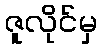
ဇူလိုင်မှ